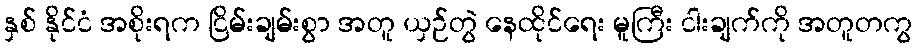
နှစ် နိုင်ငံ အစိုးရက ငြိမ်းချမ်းစွာ အတူ ယှဉ်တွဲ နေထိုင်ရေး မူကြီး ငါးချက်ကို အတူတကွ